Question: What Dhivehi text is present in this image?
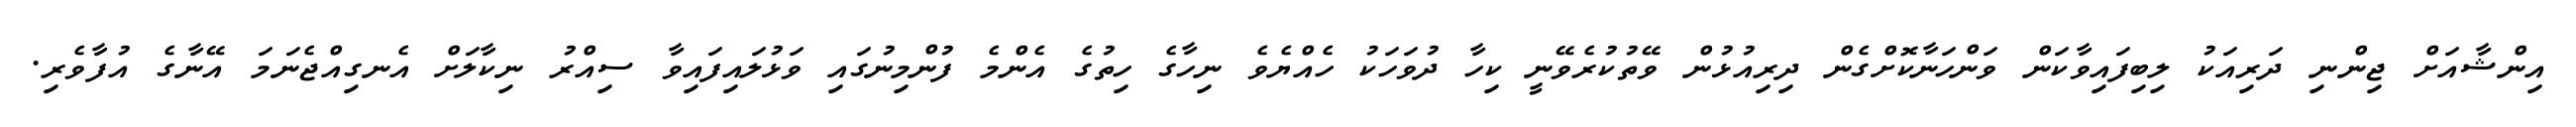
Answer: އިންޝާއަށް ޖިންނި ދަރިއަކު ލިބިފައިވާކަން ވަންހަނާކޮށްގެން ދިރިއުޅުން ވޭތުކުރެވޭނީ ކިހާ ދުވަހަކު ހެއްޔެވެ ނިހާގެ ހިތުގެ އެންމެ ފުންމިނުގައި ވަޅުލައިފައިވާ ސިއްރު ނިކާލަށް އެނގިއްޖެނަމަ އޭނާގެ އުފާވެރި.